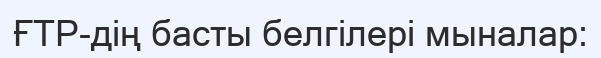
ҒТР-дің басты белгілері мыналар: